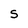
Character: S